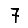
Digit: 7